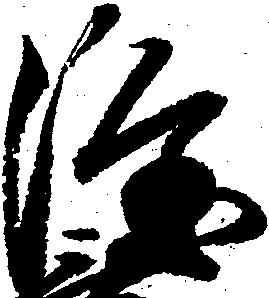
隆